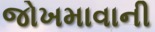
જોખમાવાની